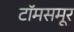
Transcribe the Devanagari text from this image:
टॉमसमूर